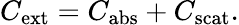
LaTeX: C_{\textrm{ext}}=C_{\textrm{abs}}+C_{\textrm{scat}}.